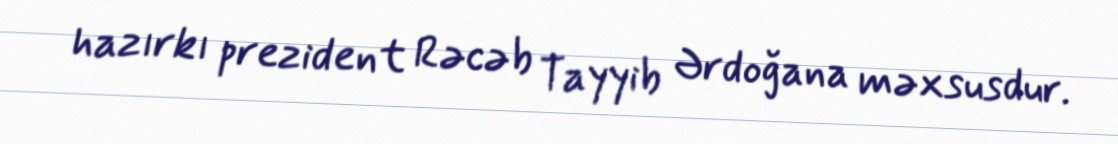
hazırkı prezident Rəcəb Tayyib Ərdoğana məxsusdur.